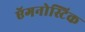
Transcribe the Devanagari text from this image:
ऍगनोस्टिक